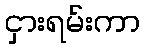
ငှားရမ်းကာ